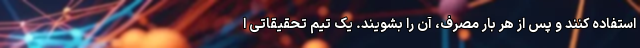
استفاده کنند و پس از هر بار مصرف، آن را بشویند. یک تیم تحقیقاتی ا